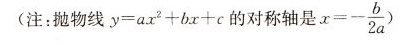
注：抛物线 $$y = a x ^ { 2 } + b x + c$$的对称轴是$$x = - \frac { b } { 2 a } )$$